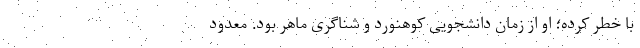
با خطر کرده؛ او از زمان دانشجویی کوهنورد و شناگری ماهر بود. معدود